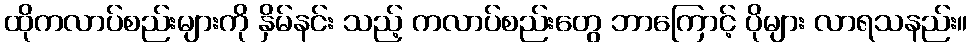
ထိုကလာပ်စည်းများကို နှိမ်နင်း သည့် ကလာပ်စည်းတွေ ဘာကြောင့် ပိုများ လာရသနည်း။